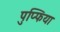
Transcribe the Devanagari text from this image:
पुप्फिया